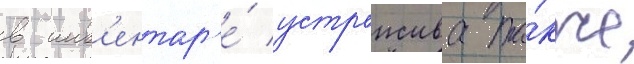
в инв'ентар'е́ устроиства та́кже